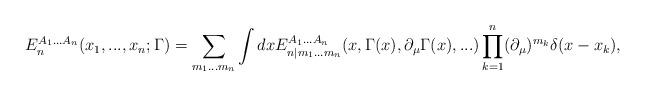
LaTeX: \begin{align*}E_n^{A_1...A_n}(x_1,...,x_n;\Gamma)=\sum_{m_1...m_n}\int dxE_{n|m_1...m_n}^{A_1...A_n}(x,\Gamma(x),\partial_\mu\Gamma(x),...)\prod_{k=1}^n(\partial_\mu)^{m_k}\delta(x-x_k),\end{align*}